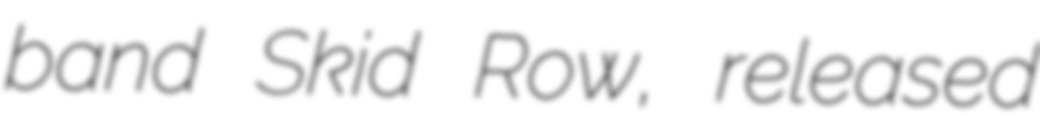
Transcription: band Skid Row, released